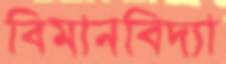
বিমানবিদ্যা